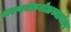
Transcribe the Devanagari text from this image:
श्रवणबेळगोळच्यानंतर